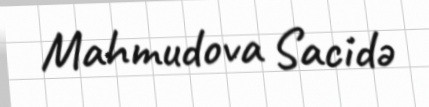
Mahmudova Sacidə